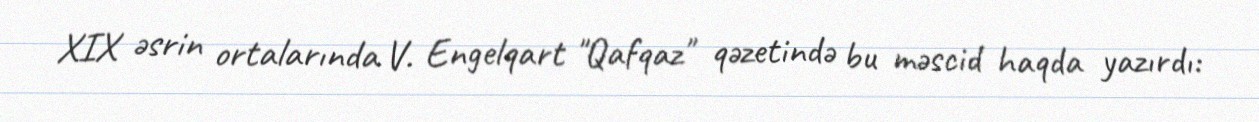
XIX əsrin ortalarında V. Engelqart "Qafqaz" qəzetində bu məscid haqda yazırdı: